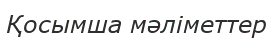
Қосымша мәліметтер